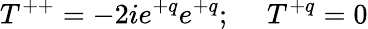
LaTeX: T^{++}=-2ie^{+q}e^{+q};\ \ \ \ \ T^{+q}=0